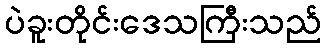
ပဲခူးတိုင်းဒေသကြီးသည်